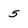
Character: 5